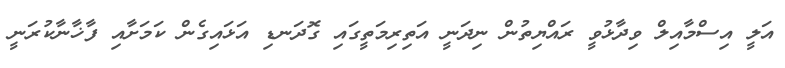
އަލީ އިސްމާއިލް ވިދާޅުވީ ރައްޔިތުން ނިދަނީ އަތިރިމަތީގައި ގޮދަނޑި އަޅައިގެން ކަމަށާއި ފާޚާނާކުރަނީ